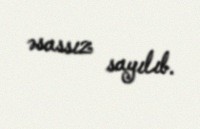
əsassız sayılıb.